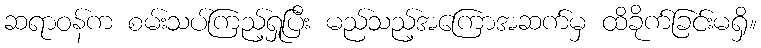
ဆရာဝန်က စမ်းသပ်ကြည့်ရှုပြီး မည်သည့်အကြောအဆက်မှ ထိခိုက်ခြင်းမရှိ။